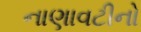
નાણાવટીનો